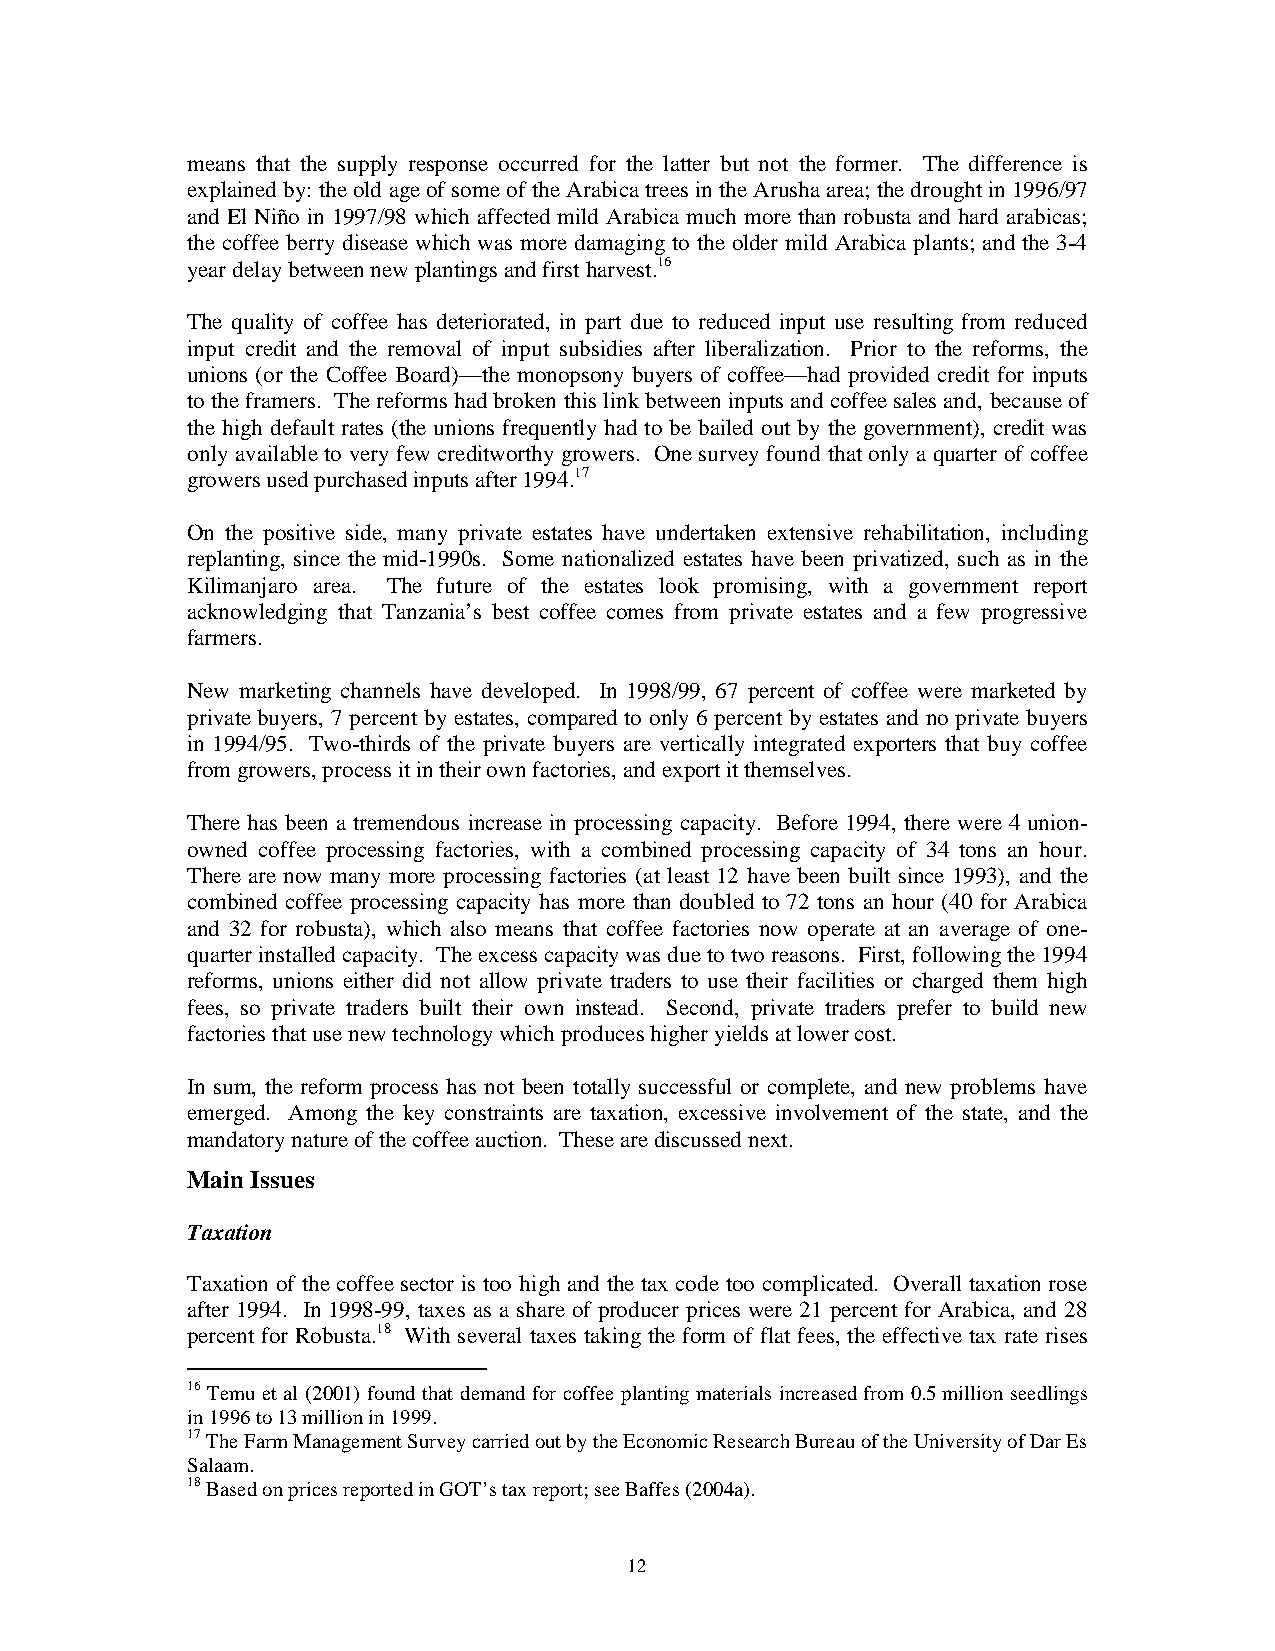
means that the supply response occurred for the latter but not the former. The difference is
 explained by: the old age of some of the Arabica trees in the Arusha area; the drought in 1996/97
 and El Niño in 1997/98 which affected mild Arabica much more than robusta and hard arabicas;
 the coffee berry disease which was more damaging to the older mild Arabica plants; and the 3-4
 year delay between new plantings and first harvest.16
 The quality of coffee has deteriorated, in part due to reduced input use resulting from reduced
 input credit and the removal of input subsidies after liberalization. Prior to the reforms, the
 unions (or the Coffee Board)—the monopsony buyers of coffee—had provided credit for inputs
 to the framers. The reforms had broken this link between inputs and coffee sales and, because of
 the high default rates (the unions frequently had to be bailed out by the government), credit was
 only available to very few creditworthy growers. One survey found that only a quarter of coffee
 growers used purchased inputs after 1994.17
 On the positive side, many private estates have undertaken extensive rehabilitation, including
 replanting, since the mid-1990s. Some nationalized estates have been privatized, such as in the
 Kilimanjaro area. The future of the estates look promising, with a government report
 acknowledging that Tanzania’s best coffee comes from private estates and a few progressive
 farmers.
 New marketing channels have developed. In 1998/99, 67 percent of coffee were marketed by
 private buyers, 7 percent by estates, compared to only 6 percent by estates and no private buyers
 in 1994/95. Two-thirds of the private buyers are vertically integrated exporters that buy coffee
 from growers, process it in their own factories, and export it themselves.
 There has been a tremendous increase in processing capacity. Before 1994, there were 4 union-
 owned coffee processing factories, with a combined processing capacity of 34 tons an hour.
 There are now many more processing factories (at least 12 have been built since 1993), and the
 combined coffee processing capacity has more than doubled to 72 tons an hour (40 for Arabica
 and 32 for robusta), which also means that coffee factories now operate at an average of one-
 quarter installed capacity. The excess capacity was due to two reasons. First, following the 1994
 reforms, unions either did not allow private traders to use their facilities or charged them high
 fees, so private traders built their own instead. Second, private traders prefer to build new
 factories that use new technology which produces higher yields at lower cost.
 In sum, the reform process has not been totally successful or complete, and new problems have
 emerged. Among the key constraints are taxation, excessive involvement of the state, and the
 mandatory nature of the coffee auction. These are discussed next.
 Main Issues
 Taxation
 Taxation of the coffee sector is too high and the tax code too complicated. Overall taxation rose
 after 1994. In 1998-99, taxes as a share of producer prices were 21 percent for Arabica, and 28
 percent for Robusta.18 With several taxes taking the form of flat fees, the effective tax rate rises
 16 Temu et al (2001) found that demand for coffee planting materials increased from 0.5 million seedlings
 in 1996 to 13 million in 1999.
 17 The Farm Management Survey carried out by the Economic Research Bureau of the University of Dar Es
 Salaam.
 18 Based on prices reported in GOT’s tax report; see Baffes (2004a).
 12